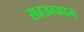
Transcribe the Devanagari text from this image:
सहउत्पादन